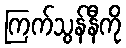
ကြက်သွန်နီကို